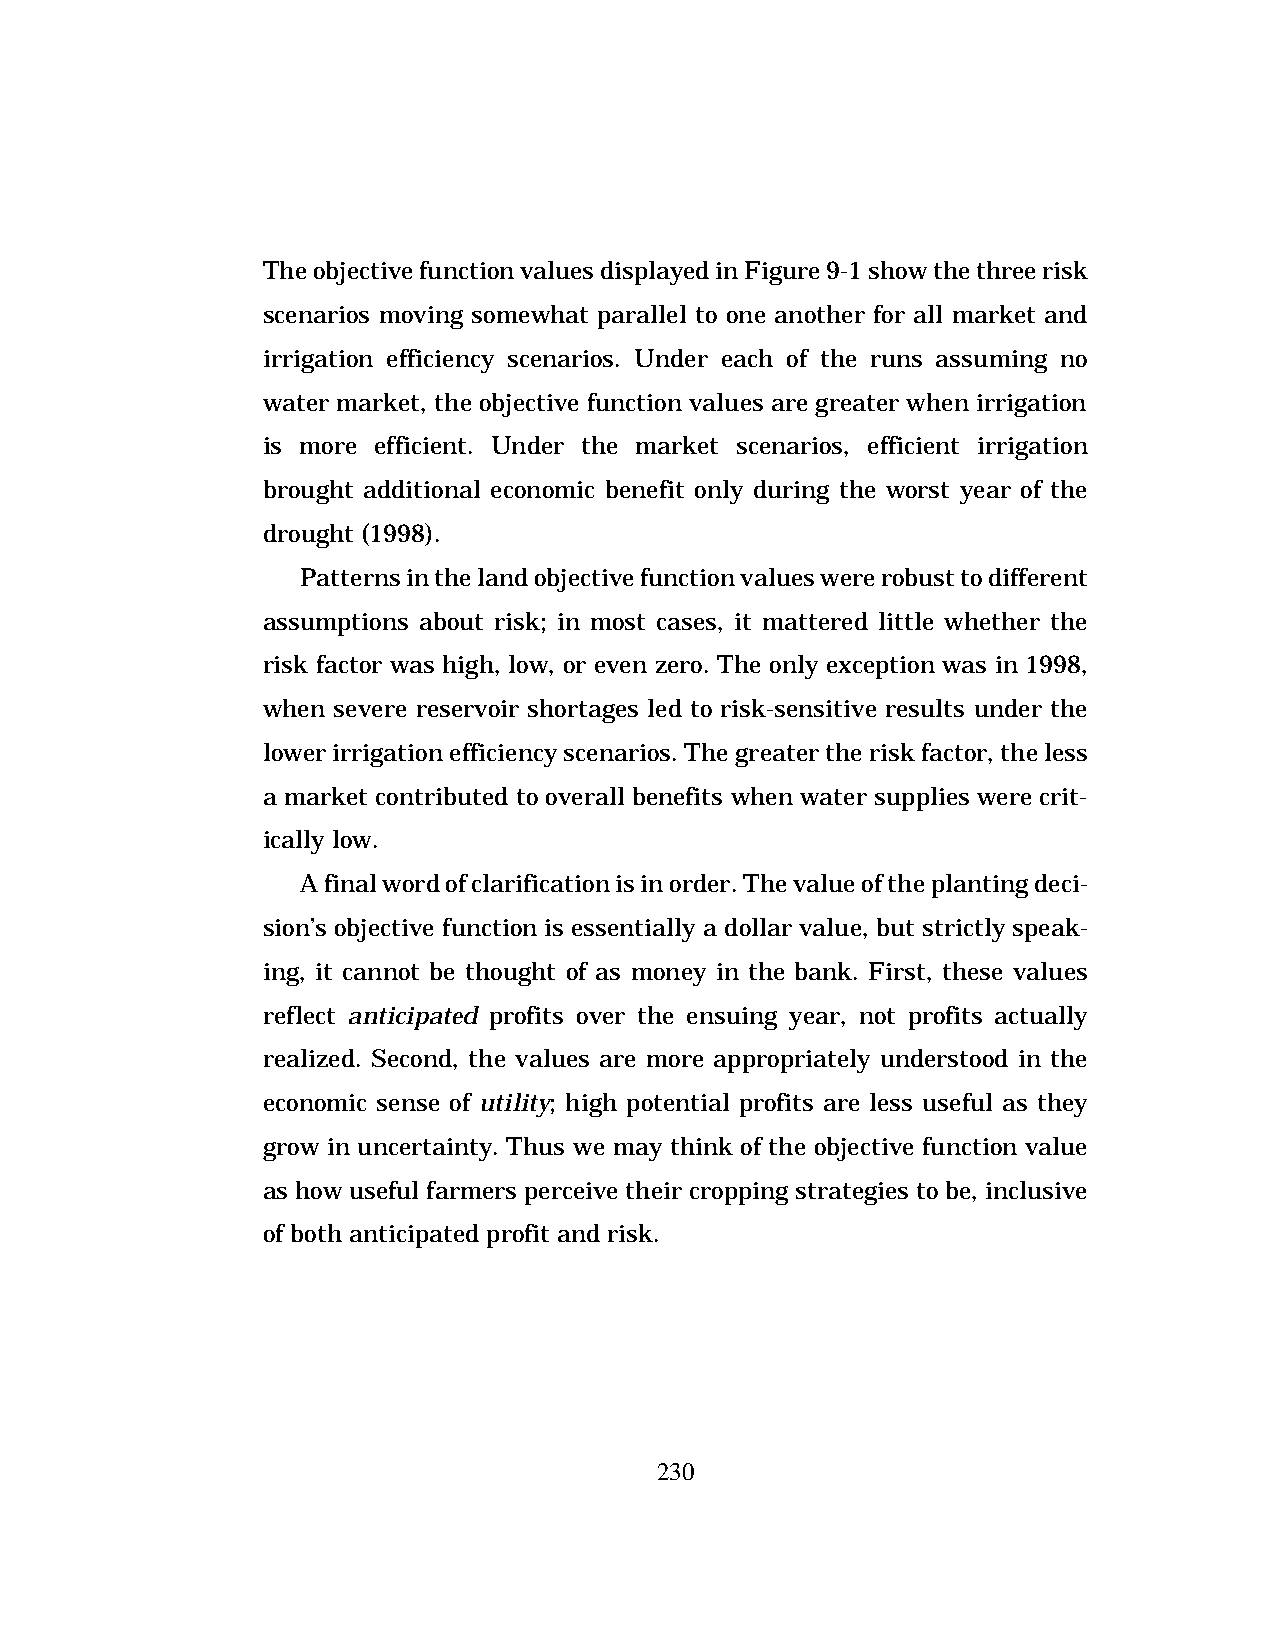
The objective function values displayed in Figure 9-1 show the three risk
 scenarios moving somewhat parallel to one another for all market and
 irrigation efficiency scenarios. Under each of the runs assuming no
 water market, the objective function values are greater when irrigation
 is more efficient. Under the market scenarios, efficient irrigation
 brought additional economic benefit only during the worst year of the
 drought (1998).
 Patterns in the land objective function values were robust to different
 assumptions about risk; in most cases, it mattered little whether the
 risk factor was high, low, or even zero. The only exception was in 1998,
 when severe reservoir shortages led to risk-sensitive results under the
 lower irrigation efficiency scenarios. The greater the risk factor, the less
 a market contributed to overall benefits when water supplies were crit-
 ically low.
 A final word of clarification is in order. The value of the planting deci-
 sion’s objective function is essentially a dollar value, but strictly speak-
 ing, it cannot be thought of as money in the bank. First, these values
 reflect anticipated profits over the ensuing year, not profits actually
 realized. Second, the values are more appropriately understood in the
 economic sense of utility; high potential profits are less useful as they
 grow in uncertainty. Thus we may think of the objective function value
 as how useful farmers perceive their cropping strategies to be, inclusive
 of both anticipated profit and risk.
 230